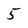
Character: 5